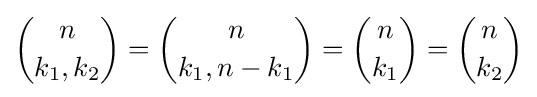
{n \choose k_{1},k_{2}}={n \choose k_{1},n-k_{1}}={n \choose k_{1}}={n \choose k_{2}}